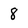
Character: 8